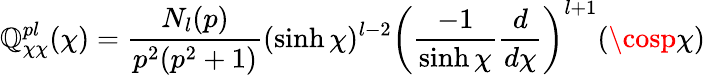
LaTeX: \mathbb{Q}_{\chi\chi}^{pl}(\chi)=\frac{{N_{l}(p)}}{{p^{2}(p^{2}+1)}}(\sinh\chi)^{l-2}\left(\frac{{-1}}{{\sinh\chi}}\frac{{d}}{{d\chi}}\right)^{l+1}(\cosp\chi)